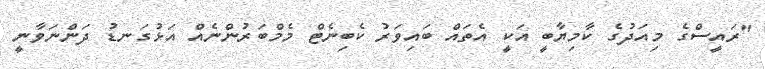
"ރައީސްގެ މިއަދުގެ ކާމިޔާބީ އަކީ އެތައް ބައިވަރު ކެބިނެޓް މެމްބަރުންނެއް އަޅުގަނޑު ދަންނަވާނީ